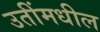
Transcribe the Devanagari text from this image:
उतींमधील